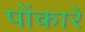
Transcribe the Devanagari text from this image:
पोंकारे